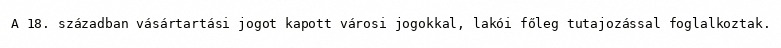
A 18. században vásártartási jogot kapott városi jogokkal, lakói főleg tutajozással foglalkoztak.